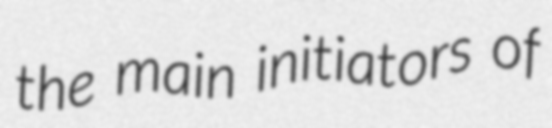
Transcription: the main initiators of